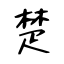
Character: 楚